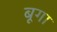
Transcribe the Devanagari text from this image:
बूगा